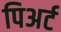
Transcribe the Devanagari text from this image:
पिअर्ट